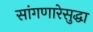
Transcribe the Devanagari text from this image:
सांगणारेसुद्धा